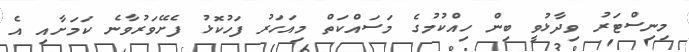
މިނިސްޓަރު ވިދާޅުވީ ބިން ހިއްކުމުގެ މަސައްކަތް މިއަހަރު ފަހުކޮޅު ފެށޭވަރުވާނެ ކަމަށާއި އެ